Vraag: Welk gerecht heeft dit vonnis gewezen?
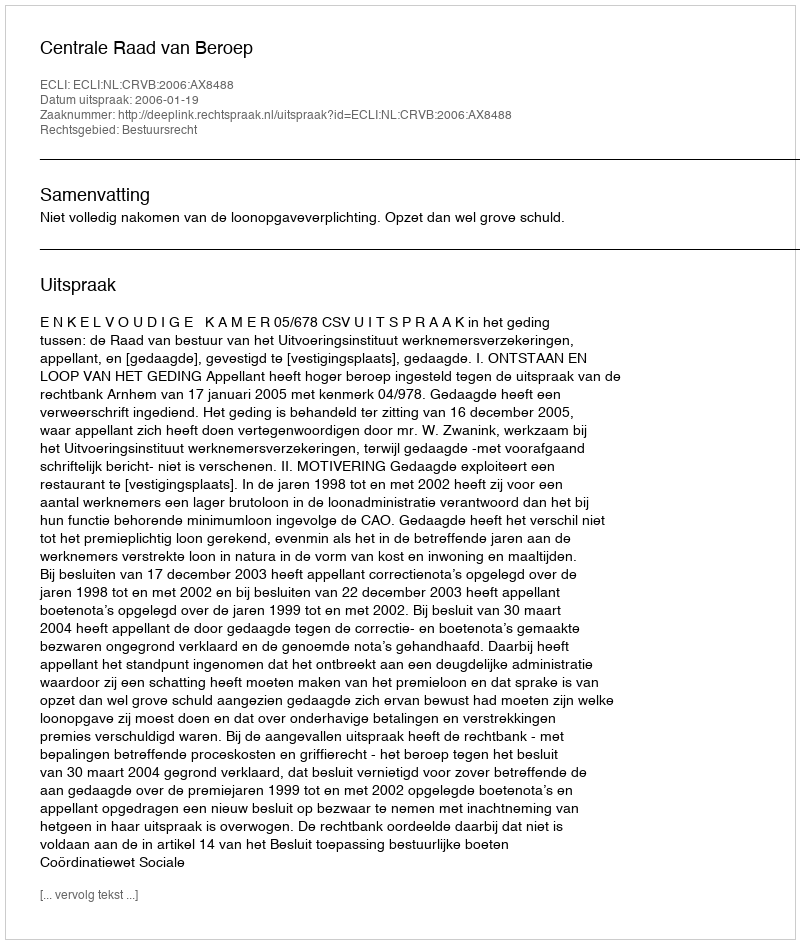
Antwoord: Centrale Raad van Beroep